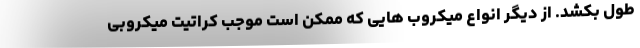
طول بکشد. از دیگر انواع میکروب هایی که ممکن است موجب کراتیت میکروبی